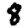
Digit: 8